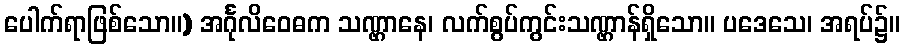
ပေါက်ရာဖြစ်သော။) အင်္ဂုလိဝေဓက သဏ္ဌာနေ၊ လက်စွပ်ကွင်းသဏ္ဌာန်ရှိသော။ ပဒေသေ၊ အရပ်၌။